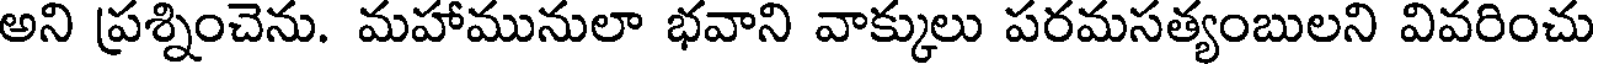
అని ప్రశ్నించెను. మహామునులా భవాని వాక్కులు పరమసత్యంబులని వివరించు